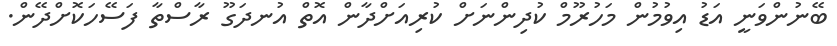
ބޭނުންވަނީ އަޑު އިވުމުން މަހުރޫމް ކުދިންނަށް ކުރިއަށްދާން އޮތް އުނދަގޫ ރާސްތާ ފަސޭހަކޮށްދޭން.